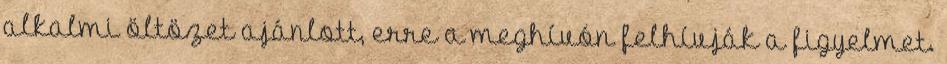
alkalmi öltözet ajánlott, erre a meghívón felhívják a figyelmet.